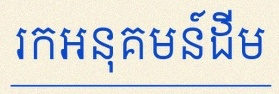
រកអនុគមន៍ដើម